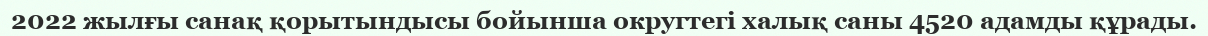
2022 жылғы санақ қорытындысы бойынша округтегі халық саны 4520 адамды құрады.